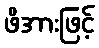
ဖိအားဖြင့်